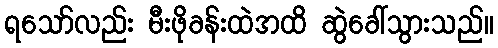
ရသော်လည်း မီးဖိုခန်းထဲအထိ ဆွဲခေါ်သွားသည်။